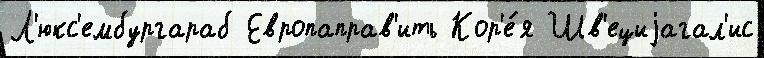
Л'юкс'ембургараб Европаправ'ить Кор'е́я Шв'ециjагал'ис